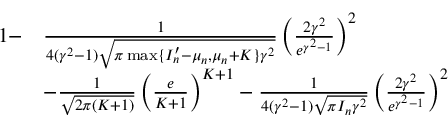
\begin{array} { r l } { 1 - } & { \frac { 1 } { 4 ( \gamma ^ { 2 } - 1 ) \sqrt { \pi \operatorname* { m a x } \{ I _ { n } ^ { \prime } - \mu _ { n } , \mu _ { n } + K \} \gamma ^ { 2 } } } \left( \frac { 2 \gamma ^ { 2 } } { e ^ { \gamma ^ { 2 } - 1 } } \right) ^ { 2 } } \\ & { - \frac { 1 } { \sqrt { 2 \pi ( K + 1 ) } } \left( \frac { e } { K + 1 } \right) ^ { K + 1 } - \frac { 1 } { 4 ( \gamma ^ { 2 } - 1 ) \sqrt { \pi I _ { n } \gamma ^ { 2 } } } \left( \frac { 2 \gamma ^ { 2 } } { e ^ { \gamma ^ { 2 } - 1 } } \right) ^ { 2 } } \end{array}